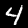
Label: 4